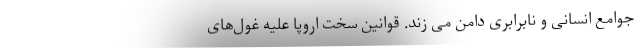
جوامع انسانی و نابرابری دامن می زند. قوانین سخت اروپا علیه غول‌های